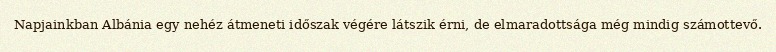
Napjainkban Albánia egy nehéz átmeneti időszak végére látszik érni, de elmaradottsága még mindig számottevő.